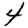
Digit: 4